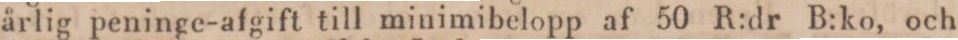
årlig peninge-afgift till minimibelopp af 50 R:dr B:ko, och